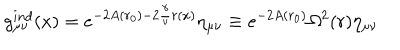
g _ { \mu \nu } ^ { i n d } ( x ) = e ^ { - 2 A ( r _ { 0 } ) - 2 \frac { \gamma } { v } r ( x ) } \eta _ { \mu \nu } \equiv e ^ { - 2 A ( r _ { 0 } ) } \Omega ^ { 2 } ( r ) \eta _ { \mu \nu }